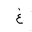
Letter: _gayn